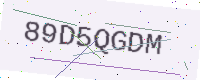
Text: 89D5QGDM